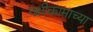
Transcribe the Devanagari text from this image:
नक्षीकामाच्या